Annual report on the working of the lock hospitals in the Central Provinces
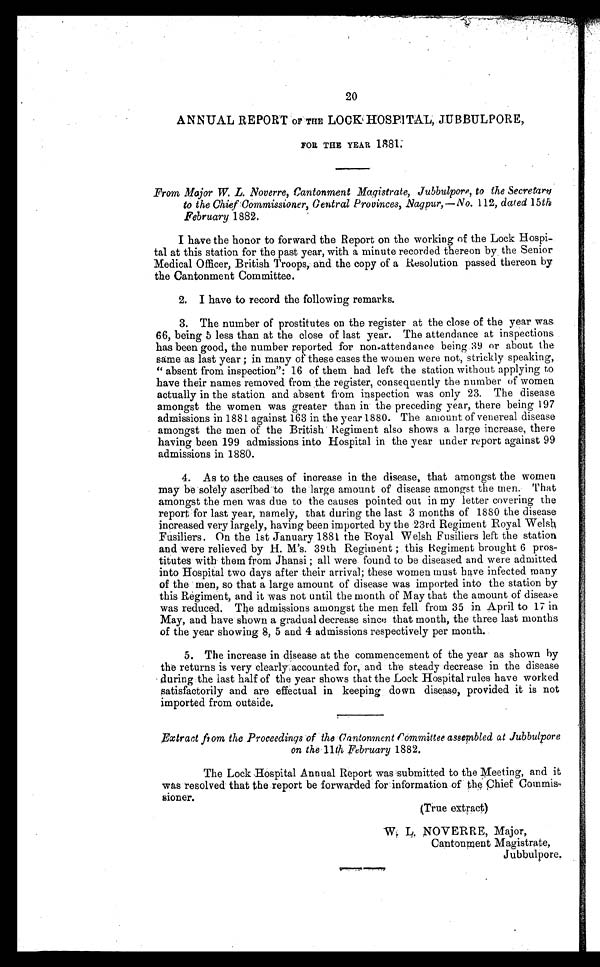
20
ANNUAL REPORT OF THE LOCK HOSPITAL, JUBBULPORE,
F O R T H E Y E A R 1 8 8 1 .
From Major W. L. Noverre, Cantonment Magistrate, Jubbulpore, to the Secretary
to the Chief Commissioner, Central Provinces, Nagpur,— No. 112, dated 15th
February 1882.
I have the honor to forward the Report on the working of the Lock Hospi-
tal at this station for the past year, with a minute recorded thereon by the Senior
Medical Officer, British Troops, and the copy of a Resolution passed thereon by
the Cantonment Committee.
2. I have to record the following remarks.
3. The number of prostitutes on the register at the close of the year was
66, being 5 less than at the close of last year. The attendance at inspections
has been good, the number reported for non-attendance being 39 or about the
same as last year ; in many of these cases the women were not, strickly speaking,
" absent from inspection": 16 of them had left the station without applying to
have their names removed from the register, consequently the number of women
actually in the station and absent from inspection was only 23. The disease
amongst the women was greater than in the preceding year, there being 197
admissions in 1881 against 163 in the year 1880. The amount of venereal disease
amongst the men of the British Regiment also shows a large increase, there
having been 199 admissions into Hospital in the year under report against 99
admissions in 1880.
4. As to the causes of increase in the disease, that amongst the women
may be solely ascribed to the large amount of disease amongst the men. That
amongst the men was due to the causes pointed out in my letter covering the
report for last year, namely, that during the last 3 months of 1880 the disease
increased very largely, having been imported by the 23rd Regiment Royal Welsh
Fusiliers. On the 1st January 1881 the Royal Welsh Fusiliers left the station
and were relieved by H. M's. 39th Regiment ; this Regiment brought 6 pros-
titutes with them from Jhansi ; all were found to be diseased and were admitted
into Hospital two days after their arrival; these women must have infected many
of the men, so that a large amount of disease was imported into the station by
this Regiment, and it was not until the month of May that the amount of disease
was reduced. The admissions amongst the men fell from 35 in April to 17 in
May, and have shown a gradual decrease since that month, the three last months
of the year showing 8, 5 and 4 admissions respectively per month.
5. The increase in disease at the commencement of the year as shown by
the returns is very clearly accounted for, and the steady decrease in the disease
during the last half of the year shows that the Lock Hospital rules have worked
satisfactorily and are effectual in keeping down disease, provided it is not
imported from outside.
Extract from the Proceedings of the Cantonment Committee assembled at Jubbulpore
on the 11th February 1882.
The Lock Hospital Annual Report was submitted to the Meeting, and it
was resolved that the report be forwarded for information of the Chief Commis-
sioner.
(True extract)
Cantonment Magistrate,
Jubbulpore.